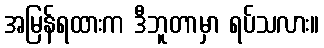
အမြန်ရထားက ဒီဘူတာမှာ ရပ်သလား။